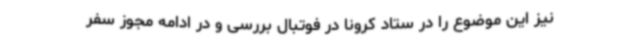
نیز این موضوع را در ستاد کرونا در فوتبال بررسی و در ادامه مجوز سفر